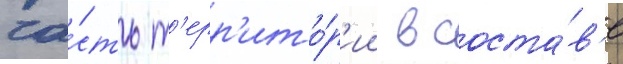
ча́сть т'ерр'ито́р'ии в соста́в'е